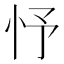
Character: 忬